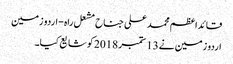
قائداعظم محمد علی جناح مشعل راہ - اردو زمین
اردو زمین نے 13 ستمبر 2018 کو شایع کیا۔